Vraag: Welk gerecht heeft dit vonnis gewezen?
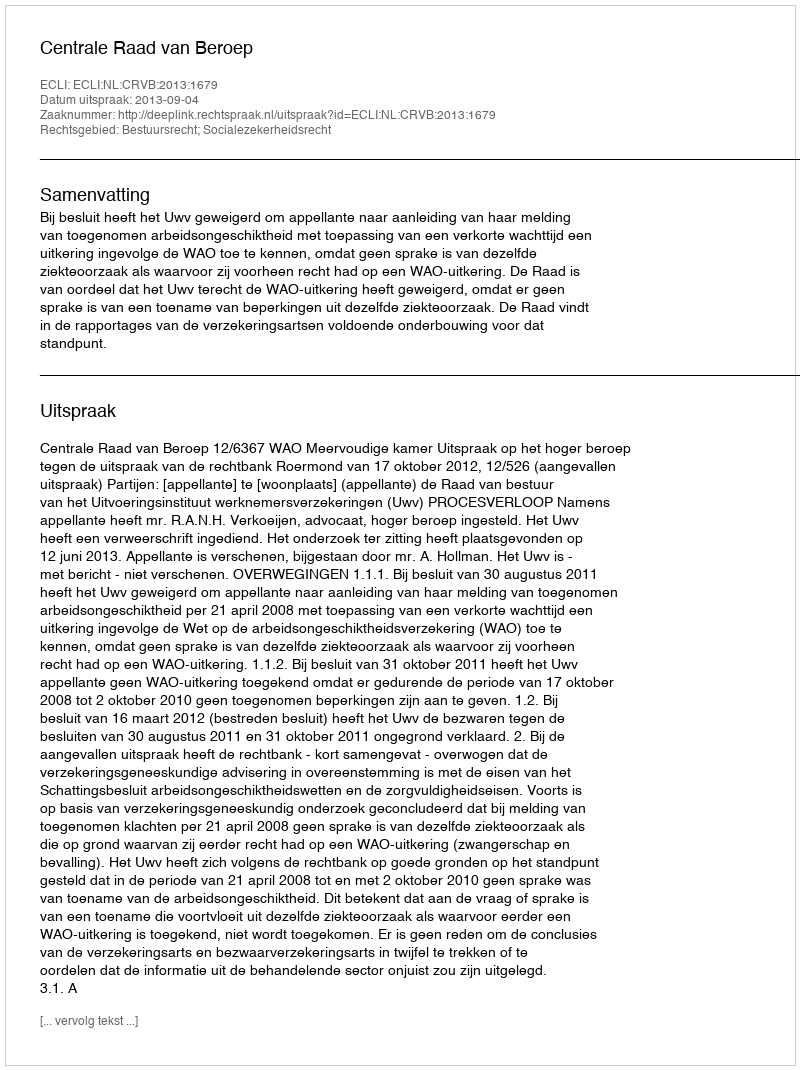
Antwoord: Centrale Raad van Beroep